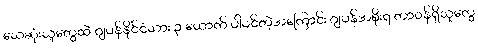
သေဆုံးသူတွေထဲ ဂျပန်နိုင်ငံသား ၃ ယောက် ပါဝင်တဲ့အကြောင်း ဂျပန်အစိုးရ တာဝန်ရှိသူတွေ